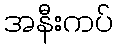
အနီးကပ်